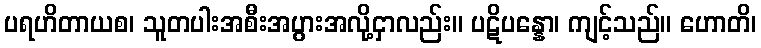
ပရဟိတာယစ၊ သူတပါးအစီးအပွားအလို့ငှာလည်း။ ပဋိပန္နော၊ ကျင့်သည်။ ဟောတိ၊